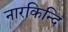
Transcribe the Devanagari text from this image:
नारकिन्दि